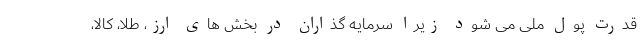
قدرت پول ملی می شود زیرا سرمایه گذاران در بخش های ارز، طلا، کالا،